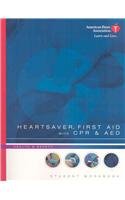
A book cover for Heartsaver First Aid with CPR and AED; American Heart Association; Health, Fitness & Dieting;